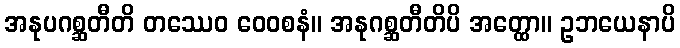
အနုပဂစ္ဆတီတိ တဿေဝ ဝေဝစနံ။ အနုဂစ္ဆတီတိပိ အတ္ထော။ ဥဘယေနာပိ